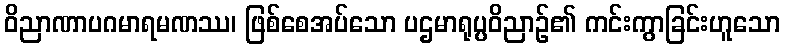
ဝိညာဏာပဂမာရမဏဿ၊ ဖြစ်စေအပ်သော ပဌမာရုပ္ပဝိညာဉ်၏ ကင်းကွာခြင်းဟူသော